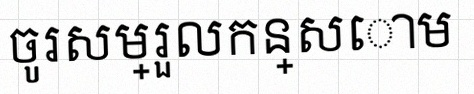
ចូរសម្រួលកន្សោម